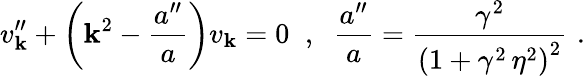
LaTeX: v_{\mathbf{k}}^{\prime\prime}+\left(\mathbf{k}^{2}-\frac{{a^{\prime\prime}}}{{a}}\right)v_{\mathbf{k}}=0\; \; ,\; \; \frac{{a^{\prime\prime}}}{{a}}=\frac{{\gamma^{2}}}{{\left(1+\gamma^{2}\, \eta^{2}\right)^{2}}}\, \, .